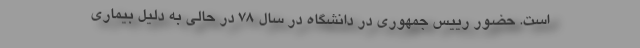
است. حضور رییس جمهوری در دانشگاه در سال 78 در حالی به دلیل بیماری